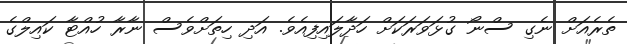
ތެރެއަށް ނެގި ސްނޯ ގުޅަވަރަކަށް ހަދާލައިފިއެވެ. އަދި ހިތަށްވެސް ނާރާ ހުއްޓާ ކައިލްގެ